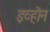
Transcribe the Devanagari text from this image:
इव्होन